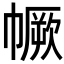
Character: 𢅅